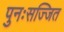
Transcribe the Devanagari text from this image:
पुनःसज्जित